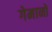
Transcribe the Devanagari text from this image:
गेमानो